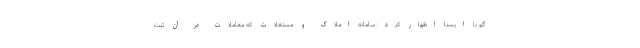
گو با ایسنا اظهار کرد: سامانه املاک و مستغلات که معاملات در آن ثبت